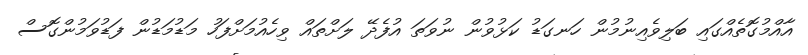
އާއްމުގޮތެއްގައި ބަލިވެއިނުމުން ހަނގަޑު ކަޅުވުން ނުވަތަ އުފެދޭ ލަށްތައް ވިހެއުމަށްފަހު މަޑުމަޑުން ފަޑުވަމުންގޮސް